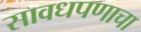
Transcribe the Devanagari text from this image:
सावधपणाचा